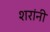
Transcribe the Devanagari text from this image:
शरांनी